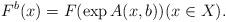
LaTeX: \begin{align*}F^b(x)=F(\exp A(x,b))(x\in X).\end{align*}